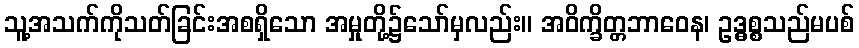
သူ့အသက်ကိုသတ်ခြင်းအစရှိသော အမှုတို့၌သော်မှလည်း။ အဝိက္ခိတ္တဘာဝေန၊ ဥဒ္ဓစ္စသည်မပစ်